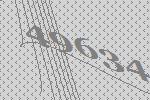
49634